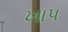
ખાપ